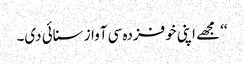
‘‘ مجھے اپنی خوفزدہ سی آواز سنائی دی۔